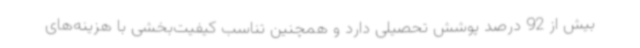
بیش از 92 درصد پوشش تحصیلی دارد و همچنین تناسب کیفیت‌بخشی با هزینه‌های